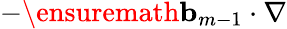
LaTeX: -\ensuremath{\mathbf{b}}_{m-1}\cdot\nabla